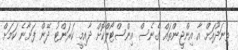
ތިނަދޫއަށް އާ އިންޖީންތައް ގެނެސް އިންސްޓޯލްކޮށް ދާއިމީ ކަރަންޓު ދޭން ފަށާނެ ކަމަށް